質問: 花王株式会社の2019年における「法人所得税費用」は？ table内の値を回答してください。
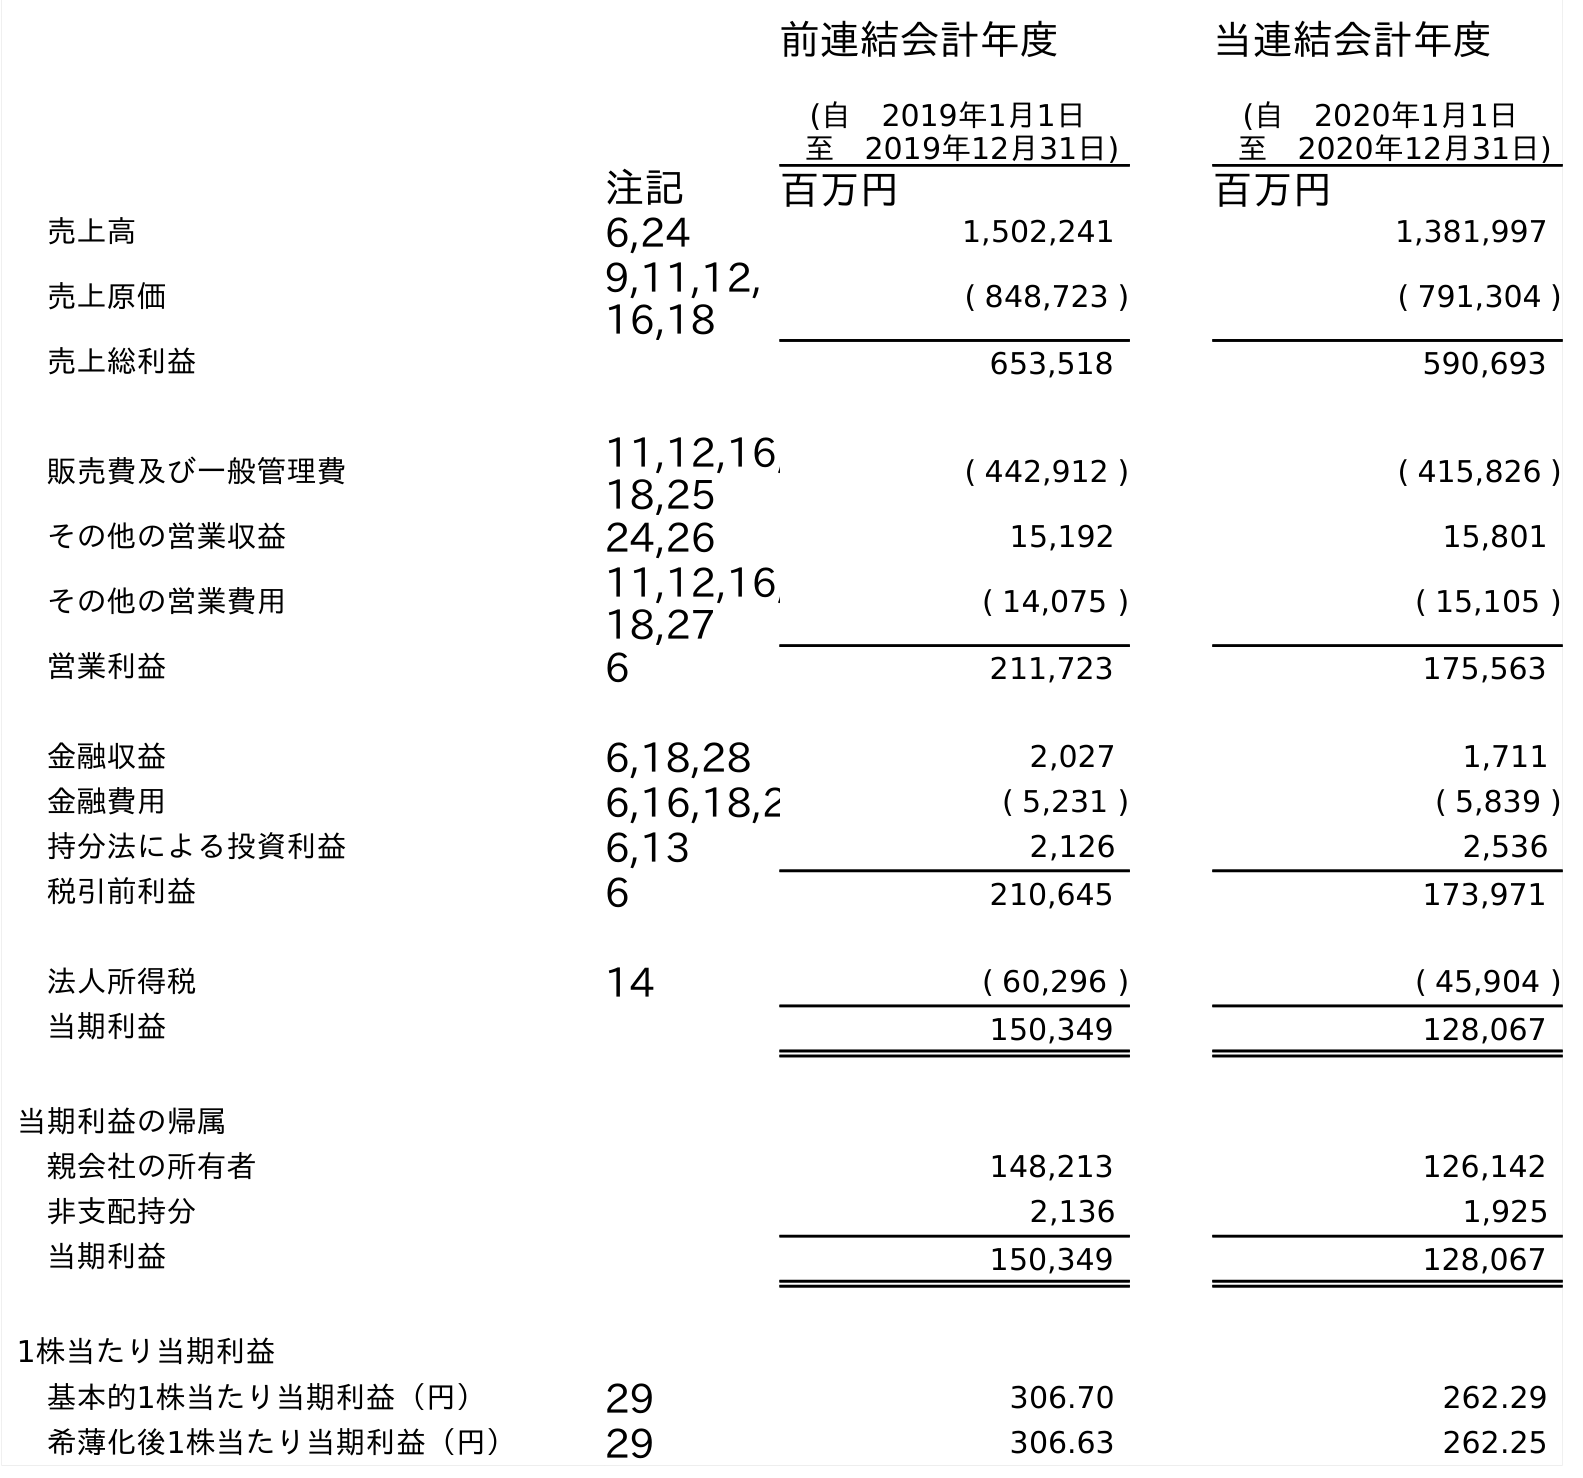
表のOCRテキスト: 前連結会計年度 (自 2019年1月1日 至 2019年12月31日) 当連結会計年度 (自 2020年1月1日 至 2020年12月31日) 注記 百万円 百万円 売上高 6,24 1,502,241 1,381,997 売上原価 9,11,12, 16,18 ( 848,723 ) ( 791,304 ) 売上総利益 653,518 590,693 販売費及び一般管理費 11,12,16, 18,25 ( 442,912 ) ( 415,826 ) その他の営業収益 24,26 15,192 15,801 その他の営業費用 11,12,16, 18,27 ( 14,075 ) ( 15,105 ) 営業利益 6 211,723 175,563 金融収益 6,18,28 2,027 1,711 金融費用 6,16,18,2 ( 5,231 ) ( 5,839 ) 持分法による投資利益 6,13 2,126 2,536 税引前利益 6 210,645 173,971 法人所得税 14 ( 60,296 ) ( 45,904 ) 当期利益 150,349 128,067 当期利益の帰属 親会社の所有者 148,213 126,142 非支配持分 2,136 1,925 当期利益 150,349 128,067 1株当たり当期利益 基本的1株当たり当期利益（円） 29 306.70 262.29 希薄化後1株当たり当期利益（円） 29 306.63 262.25
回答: (60,296)